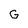
Character: G